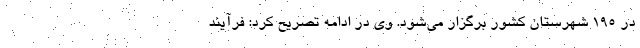
در 195 شهرستان کشور برگزار می‌شود. وی در ادامه تصریح کرد: فرآیند